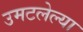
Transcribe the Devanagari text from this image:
उमटलेल्या